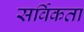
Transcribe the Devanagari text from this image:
सर्विकता